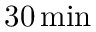
3 0 \, \mathrm { { m i n } }